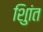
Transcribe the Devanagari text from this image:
शुिांत